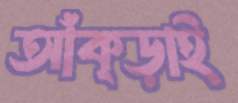
আঁক্‌ড়াই